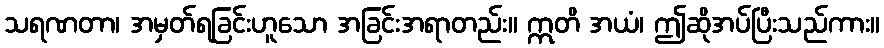
သရဏတာ၊ အမှတ်ရခြင်းဟူသော အခြင်းအရာတည်း။ ဣတိ အယံ၊ ဤဆိုအပ်ပြီးသည်ကား။